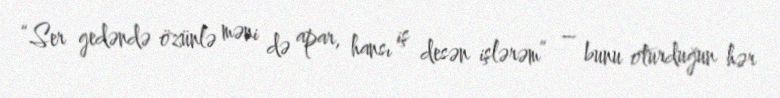
“Ser gedəndə özünlə məni də apar, hansı iş desən işlərəm” – bunu oturduğun hər